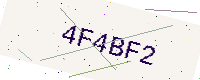
Text: 4F4BF2